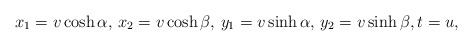
\begin{align*} x_{1}=v\cosh\alpha,\,x_{2}=v\cosh\beta,\, y_{1}=v\sinh\alpha,\,y_{2}=v\sinh\beta, t=u, \end{align*}